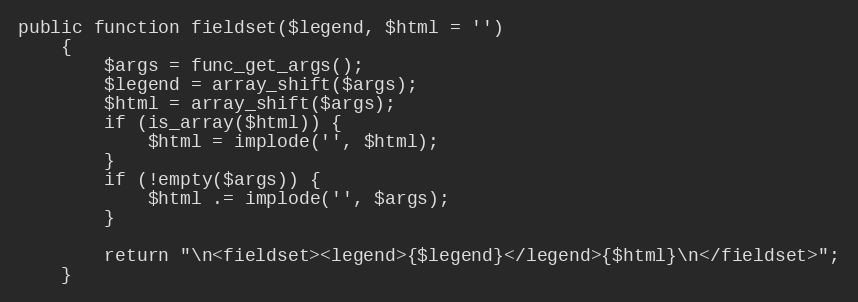
Language: PHP
public function fieldset($legend, $html = '')
    {
        $args = func_get_args();
        $legend = array_shift($args);
        $html = array_shift($args);
        if (is_array($html)) {
            $html = implode('', $html);
        }
        if (!empty($args)) {
            $html .= implode('', $args);
        }

        return "\n<fieldset><legend>{$legend}</legend>{$html}\n</fieldset>";
    }